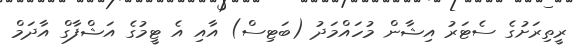
ރީތިރަށުގެ ސެޓަރު އިޝާން މުހައްމަދު (ބަޓިސް) އާއި އެ ޓީމުގެ އަޝްފާގް އާދަމް